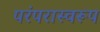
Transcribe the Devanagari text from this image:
परंपरास्वरूप